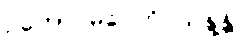
ဥဘော မဂ္ဂေဟိ သန္ဒန္တိ၊